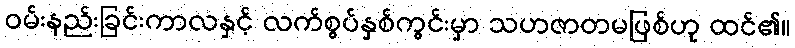
ဝမ်းနည်းခြင်းကာလနှင့် လက်စွပ်နှစ်ကွင်းမှာ သဟဇာတမဖြစ်ဟု ထင်၏။